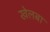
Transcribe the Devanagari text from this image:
खेलबा